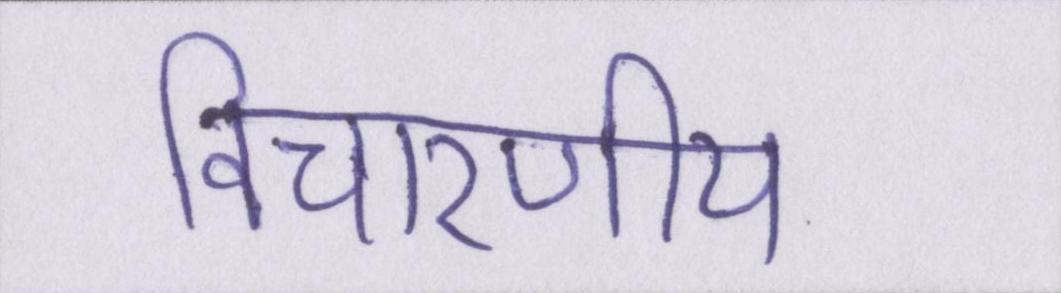
विचारणीय